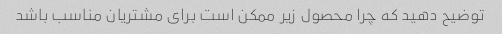
توضیح دهید که چرا محصول زیر ممکن است برای مشتریان مناسب باشد